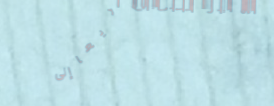
توصيل طلباتكم سريعاً إلى